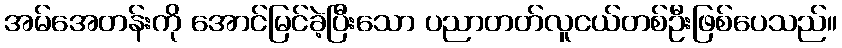
အမ်အေတန်းကို အောင်မြင်ခဲ့ပြီးသော ပညာတတ်လူငယ်တစ်ဦးဖြစ်ပေသည်။